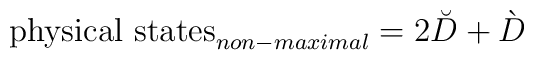
\mbox{physical states}_{non-maximal}=2\breve{D}+\grave{D}